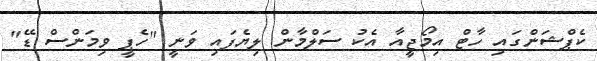
ކެޕްޝަންގައި ހާޓް އިމޯޖީއާ އެކު ސަލްމާން ލިޔެފައި ވަނީ "ހެޕީ ވިމަންސް ޑޭ"